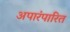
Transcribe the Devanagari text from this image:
अपारंपारित